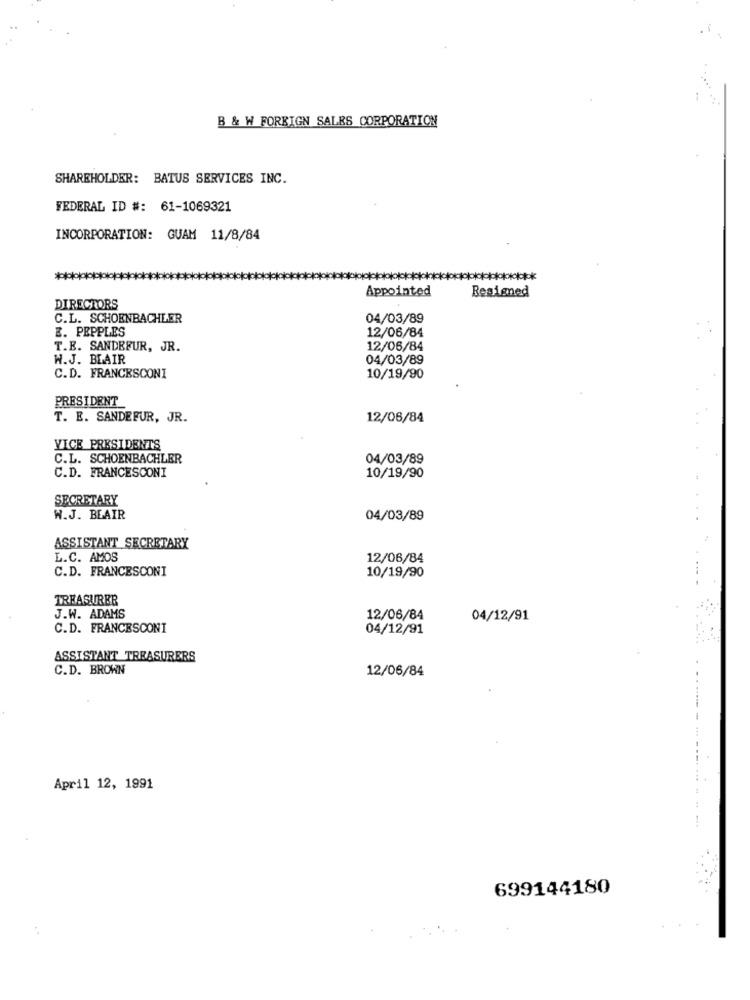
B & W FOREIGN SALES CORPORATION
SHAREHOLDER: BATUS SERVICES INC.
FEDERAL ID #: 61-1069321
INCORPORATION: GUAM 11/8/84
Appointed
Resigned
DIRECTORS
C.L. SCHOENBACHLER
04/03/89
E. PEPPLES
12/06/84
T.E. SANDEFUR, JR.
12/06/84
W.J. BLAIR
04/03/89
C.D. FRANCESCONI
10/19/90
PRESIDENT
T. E. SANDEFUR, JR.
12/06/84
VICE PRESIDENTS
C.L. SCHOENBACHLER
04/03/89
C.D. FRANCESCONI
10/19/90
SECRETARY
W.J. BLAIR
04/03/89
ASSISTANT SECRETARY
L.C. AMOS
12/06/84
C.D. FRANCESCONI
10/19/90
TREASURER
J.W. ADAMS
12/06/84
04/12/91
C.D. FRANCESCONI
04/12/91
ASSISTANT TREASURERS
C.D. BROWN
12/06/84
-
-- ---.
April 12, 1991
699144180